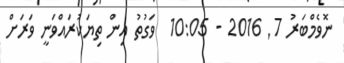
ނޮވެމްބަރު 7